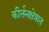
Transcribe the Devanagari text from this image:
कीर्तनक्षेत्रात